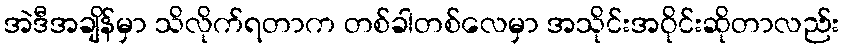
အဲဒီအချိန်မှာ သိလိုက်ရတာက တစ်ခါတစ်လေမှာ အသိုင်းအဝိုင်းဆိုတာလည်း